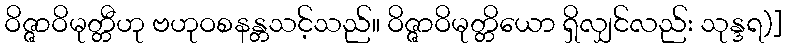
ဝိဇ္ဇာဝိမုတ္တီဟု ဗဟုဝစနန္တသင့်သည်။ ဝိဇ္ဇာဝိမုတ္တိယော ရှိလျှင်လည်း သုန္ဒရ)]